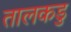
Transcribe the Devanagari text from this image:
तालकडु